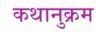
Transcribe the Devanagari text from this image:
कथानुक्रम